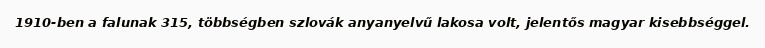
1910-ben a falunak 315, többségben szlovák anyanyelvű lakosa volt, jelentős magyar kisebbséggel.